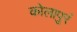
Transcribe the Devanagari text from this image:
कोलापुरं